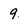
Character: 9